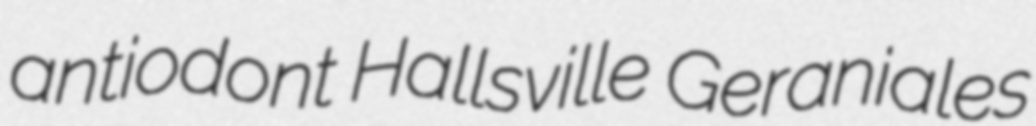
antiodont Hallsville Geraniales